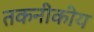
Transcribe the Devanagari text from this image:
तकनीकीय